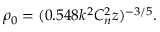
\rho _ { 0 } = ( 0 . 5 4 8 k ^ { 2 } C _ { n } ^ { 2 } z ) ^ { - 3 / 5 } .